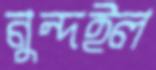
নুন্দইল